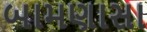
બામણાસા